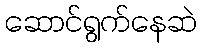
ဆောင်ရွက်နေဆဲ